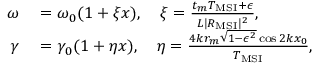
\begin{array} { r l } { \omega } & { { } = \omega _ { 0 } ( 1 + \xi x ) , \quad \xi = \frac { t _ { m } T _ { \mathrm { M S I } } + \epsilon } { L | R _ { \mathrm { M S I } } | ^ { 2 } } , } \\ { \gamma } & { { } = \gamma _ { 0 } ( 1 + \eta x ) , \quad \eta = \frac { 4 k r _ { m } \sqrt { 1 - \epsilon ^ { 2 } } \cos 2 k x _ { 0 } } { T _ { \mathrm { M S I } } } , } \end{array}